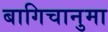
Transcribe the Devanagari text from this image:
बागिचानुमा